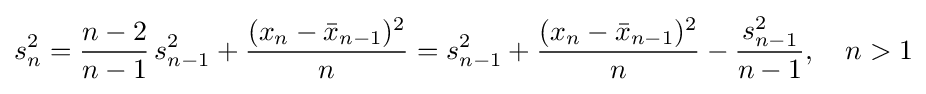
s_{n}^{2}={\frac {n-2}{n-1}}\,s_{n-1}^{2}+{\frac {(x_{n}-{\bar {x}}_{n-1})^{2}}{n}}=s_{n-1}^{2}+{\frac {(x_{n}-{\bar {x}}_{n-1})^{2}}{n}}-{\frac {s_{n-1}^{2}}{n-1}},\quad n>1